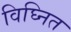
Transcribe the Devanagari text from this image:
विघ्नित